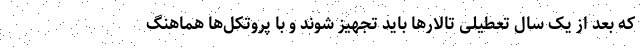
که بعد از یک سال تعطیلی تالارها باید تجهیز شوند و با پروتکل‌ها هماهنگ